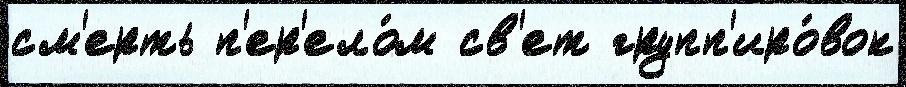
см'ерть п'ер'ело́м св'ет групп'иро́вок